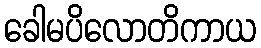
ခေါမပိလောတိကာယ